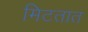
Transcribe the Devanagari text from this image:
मिटतात